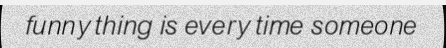
funny thing is every time someone